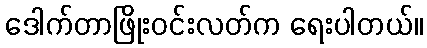
ဒေါက်တာဖြိုးဝင်းလတ်က ရေးပါတယ်။